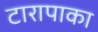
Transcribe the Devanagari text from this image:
टारापाका